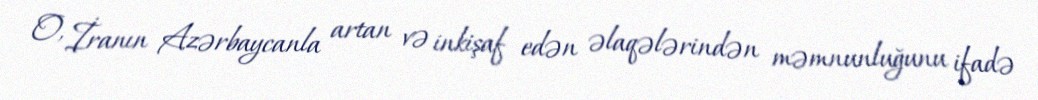
O, İranın Azərbaycanla artan və inkişaf edən əlaqələrindən məmnunluğunu ifadə